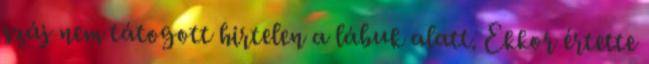
száj nem tátogott hirtelen a lábuk alatt. Ekkor értette